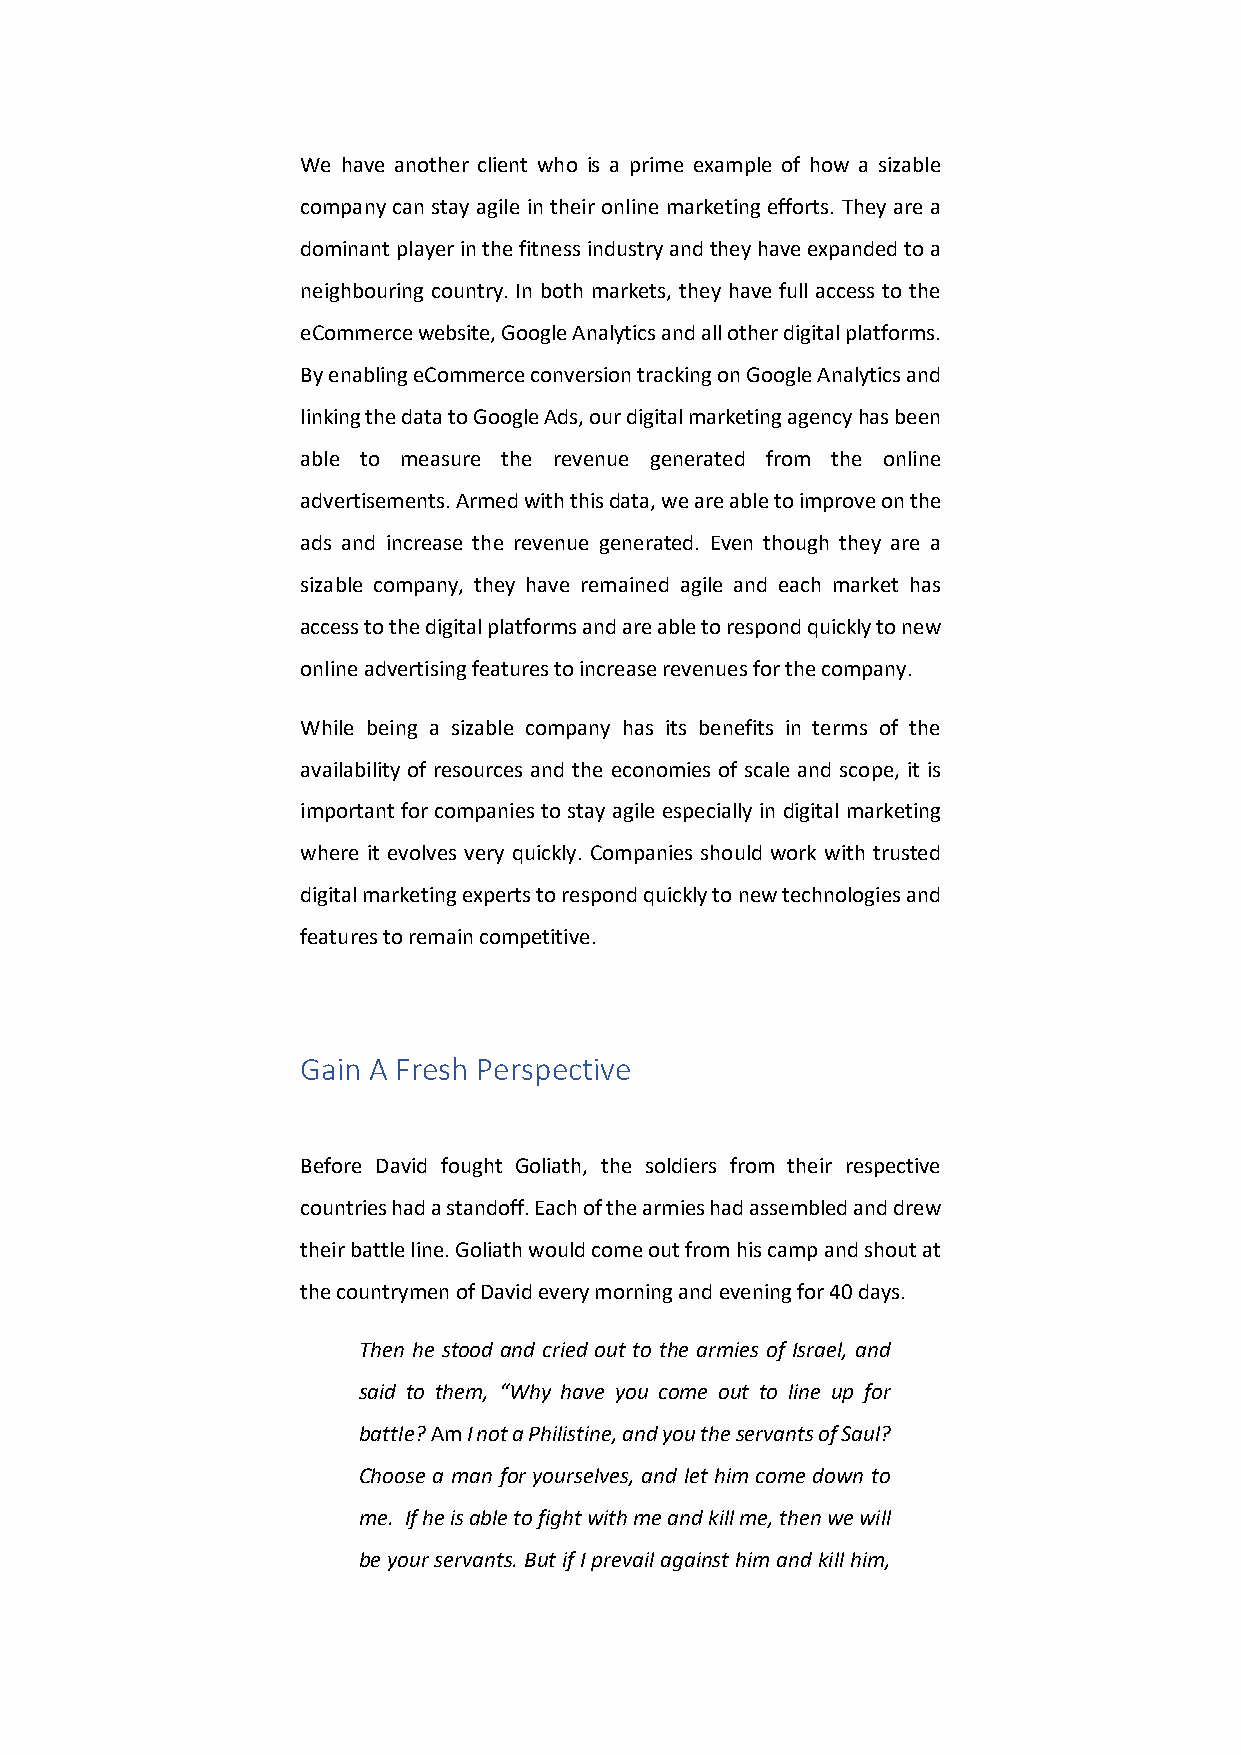
We have another client who is a prime example of how a sizable
 company can stay agile in their online marketing efforts. They are a
 dominant player in the fitness industry and they have expanded to a
 neighbouring country. In both markets, they have full access to the
 eCommerce website, Google Analytics and all other digital platforms.
 By enabling eCommerce conversion tracking on Google Analytics and
 linking the data to Google Ads, our digital marketing agency has been
 able to measure the revenue generated from the online
 advertisements. Armed with this data, we are able to improve on the
 ads and increase the revenue generated. Even though they are a
 sizable company, they have remained agile and each market has
 access to the digital platforms and are able to respond quickly to new
 online advertising features to increase revenues for the company.
 While being a sizable company has its benefits in terms of the
 availability of resources and the economies of scale and scope, it is
 important for companies to stay agile especially in digital marketing
 where it evolves very quickly. Companies should work with trusted
 digital marketing experts to respond quickly to new technologies and
 features to remain competitive.
 Gain A Fresh Perspective
 לכֹ                                             יָ
 Before David fought Goliath, the soldiers from their respective
 countries had a standoff. Each of the armies had assembled and drew
 their battle line. Goliath would come out from his camp and shout at
 the countrymen of David every morning and evening for 40 days.
 Then he stood and cried out to the armies of Israel, and
 said to them, “Why have you come out to line up for
 battle? Am I not a Philistine, and you the servants of Saul?
 Choose a man for yourselves, and let him come down to
 me. If he is able to fight with me and kill me, then we will
 be your servants. But if I prevail against him and kill him,